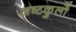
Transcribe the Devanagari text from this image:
अष्टकुलों